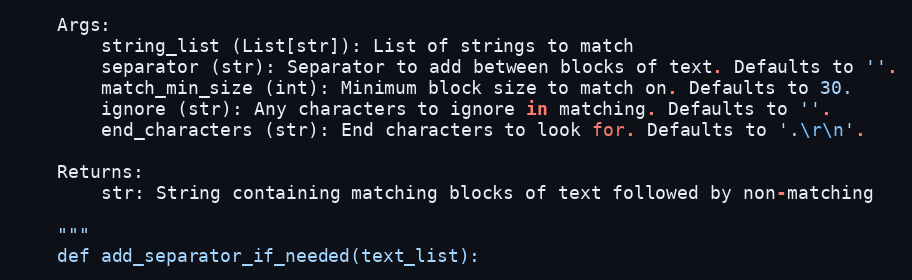
Language: Python
    Args:
        string_list (List[str]): List of strings to match
        separator (str): Separator to add between blocks of text. Defaults to ''.
        match_min_size (int): Minimum block size to match on. Defaults to 30.
        ignore (str): Any characters to ignore in matching. Defaults to ''.
        end_characters (str): End characters to look for. Defaults to '.\r\n'.

    Returns:
        str: String containing matching blocks of text followed by non-matching

    """
    def add_separator_if_needed(text_list):